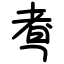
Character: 䎞